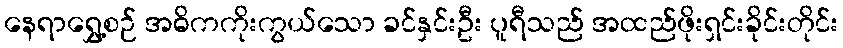
နေရာရွှေ့စဉ် အဓိကကိုးကွယ်သော ခင်နှင်းဦး ပူရီသည် အထည်ဖိုးရှင်းခိုင်းတိုင်း